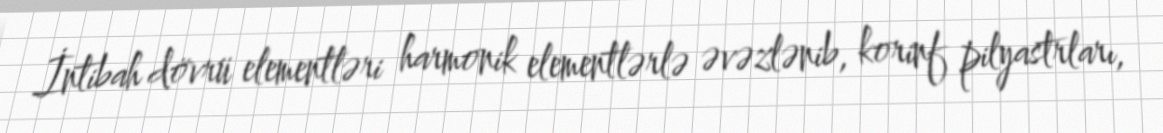
İntibah dövrü elementləri harmonik elementlərlə əvəzlənib, korinf pilyastrları,